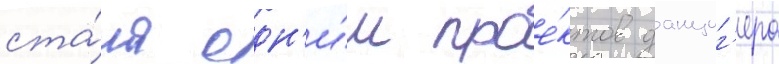
ста́ла одн'и́м прое́ктов данциг'ера